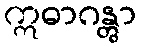
ဣဓာဂန္တွာ